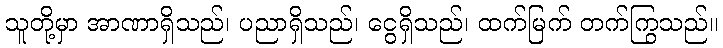
သူတို့မှာ အာဏာရှိသည်၊ ပညာရှိသည်၊ ငွေရှိသည်၊ ထက်မြက် တက်ကြွသည်။